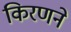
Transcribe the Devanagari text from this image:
किरणने